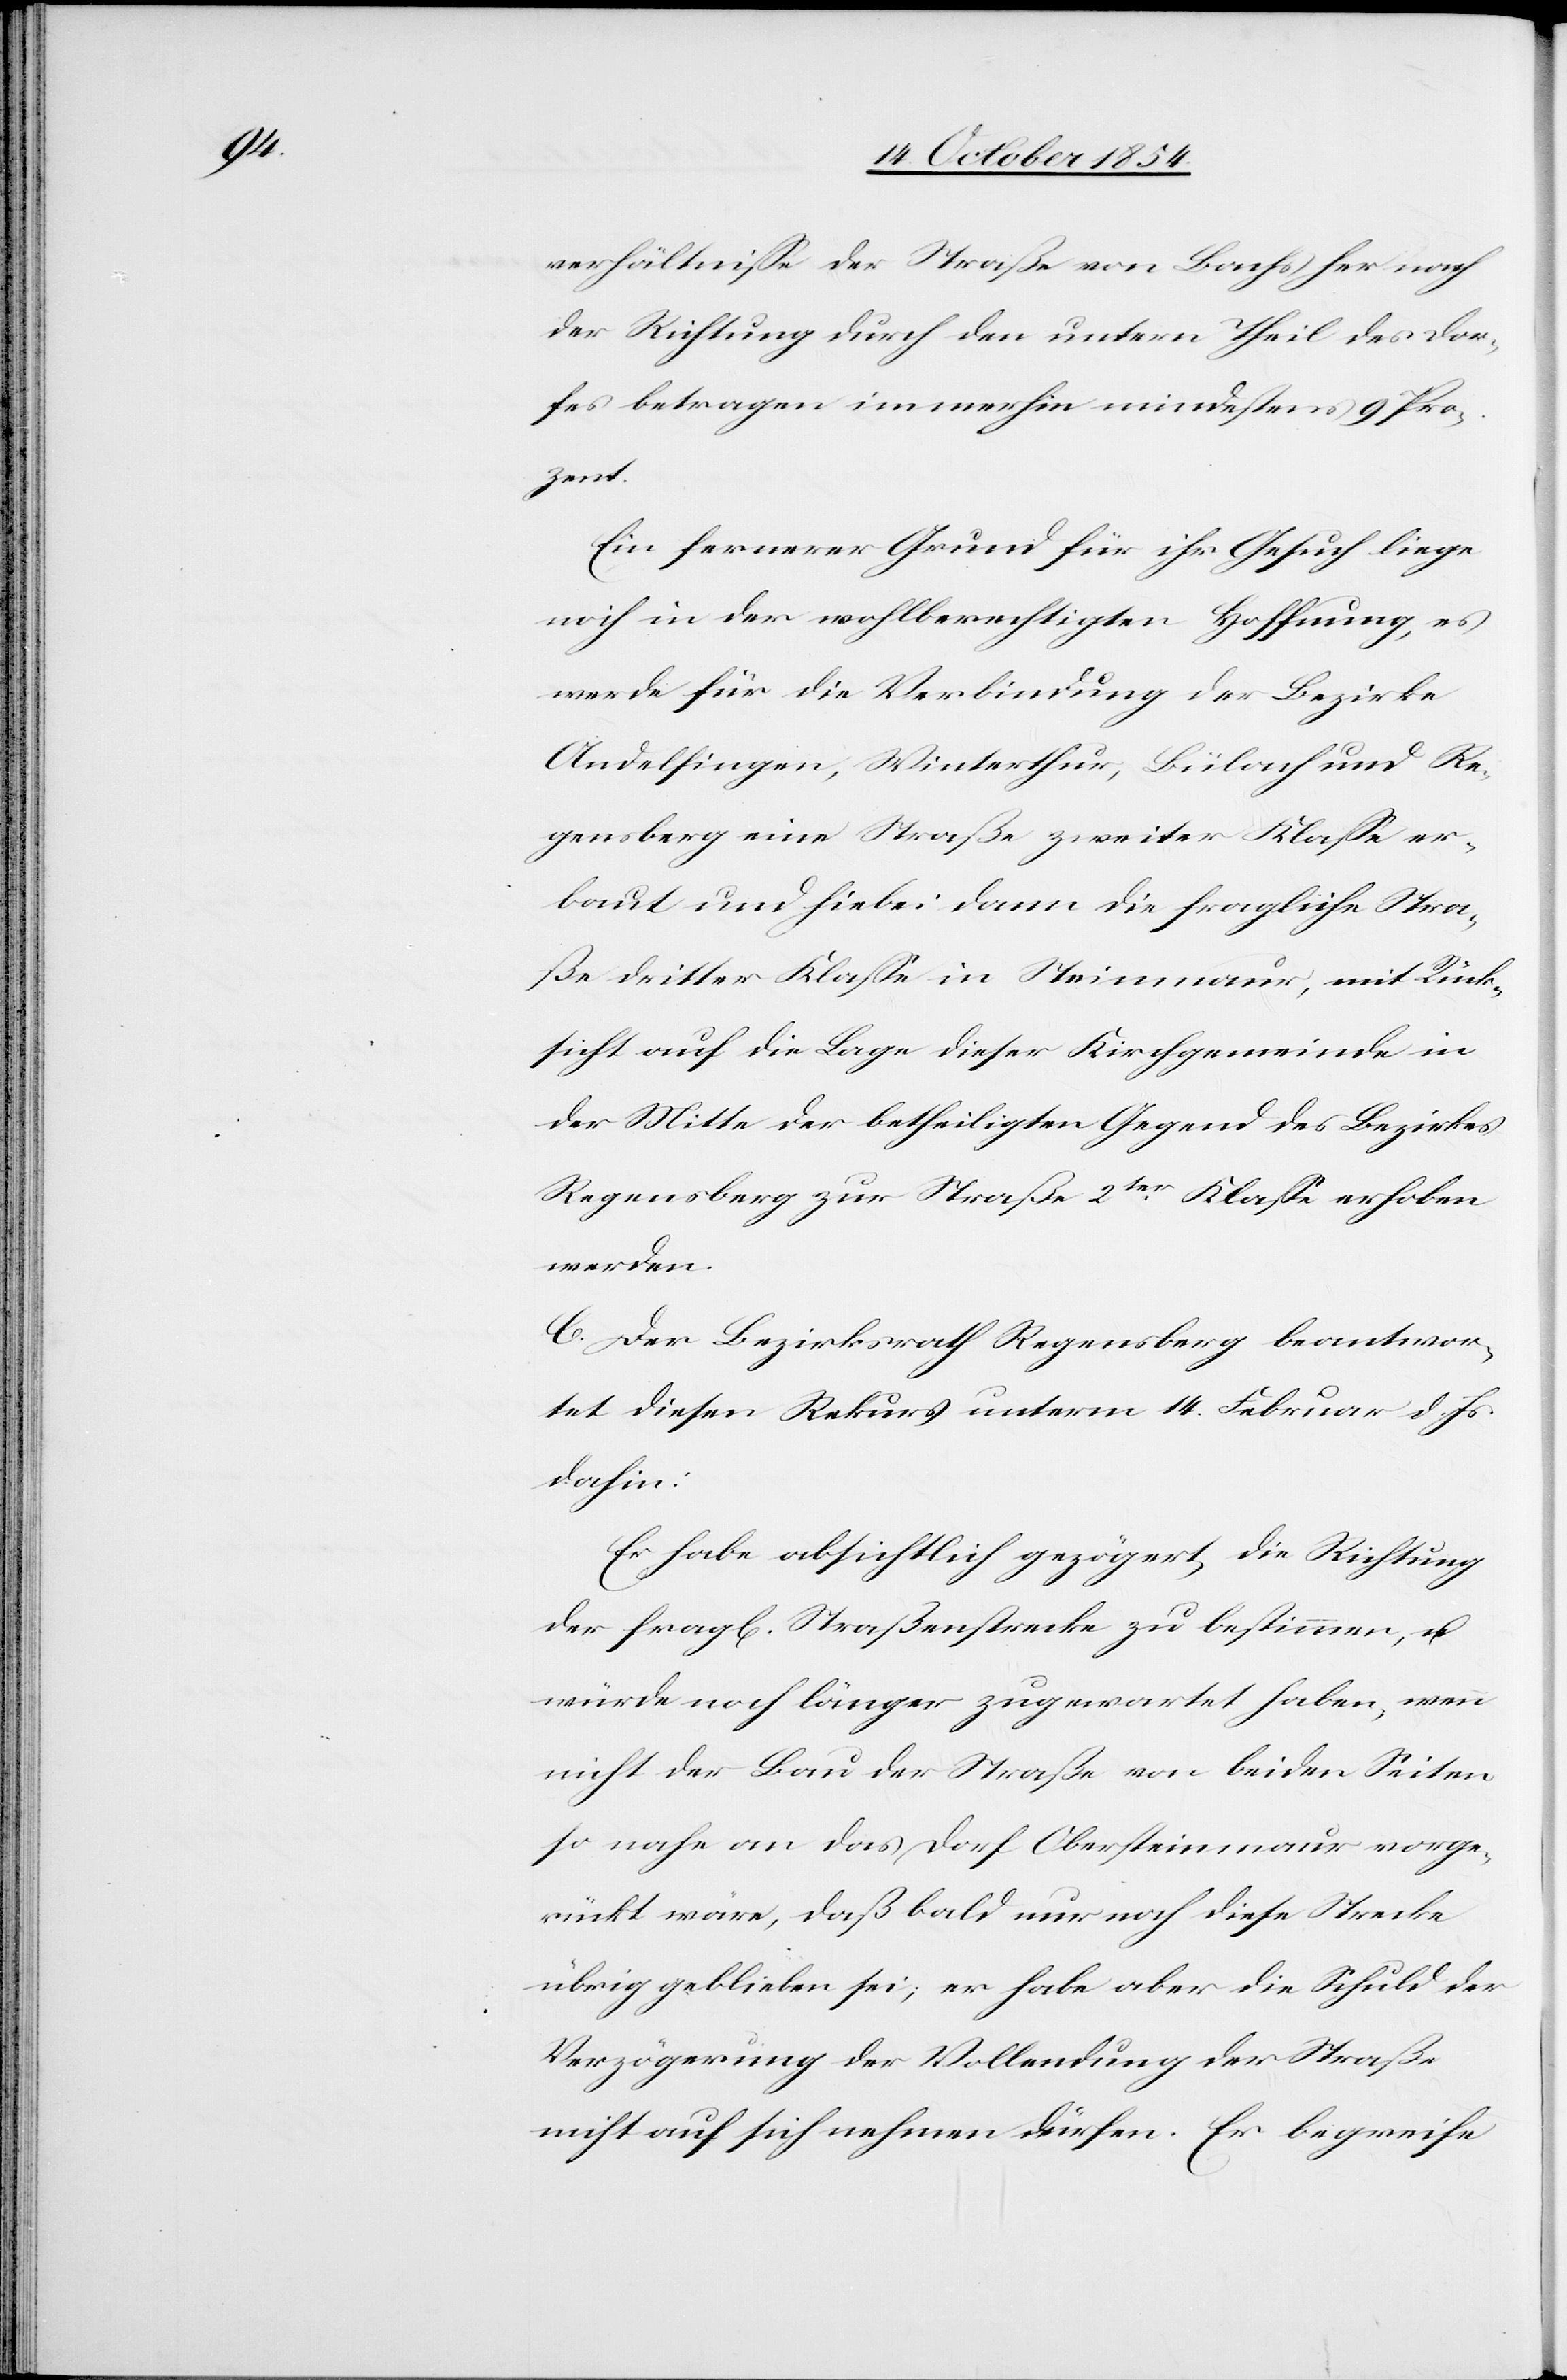
verhältniße der Straße von Bachs her nach
der Richtung durch den untern Theil des Dor¬
fes betragen immerhin mindestens 9 Pro¬
zent.
Ein fernerer Grund für ihr Gesuch liege
noch in der wohlberechtigten Hoffnung, es
werde für die Verbindung der Bezirke
Andelfingen, Winterthur, Bülach und Re¬
gensberg eine Straße zweiter Klaße er¬
baut und hiebei dann die fragliche Stra¬
ße dritter Klaße in Steinmaur, mit Rück¬
sicht auf die Lage dieser Kirchgemeinde in
der Mitte der betheiligten Gegend des Bezirkes
Regensberg zur Straße 2ter Klaße erhoben
werden.
C. Der Bezirksrath Regensberg beantwor¬
tet diesen Rekurs unterm 14. Februar d. Js.
dahin:
Er habe absichtlich gezögert, die Richtung
der fragl. Straßenstrecke zu bestimmen, u.
würde noch länger zugewartet haben, wenn
nicht der Bau der Straße von beiden Seiten
so nahe an das Dorf Obersteinmaur vorge¬
rückt wäre, daß bald nur noch diese Strecke
übrig geblieben sei; er habe aber die Schuld der
Verzögerung der Vollendung der Straße
nicht auf sich nehmen dürfen. Er begreife